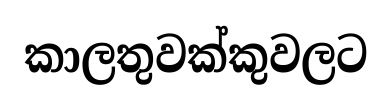
කාලතුවක්කුවලට